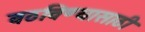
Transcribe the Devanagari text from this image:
वठविण्यासाठी